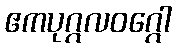
ဧကပုဂ္ဂလဝဂ္ဂေါ